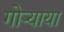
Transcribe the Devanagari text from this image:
गोऱ्याया